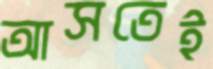
আসতেই